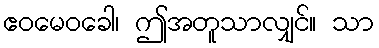
ဧဝမေဝခေါ၊ ဤအတူသာလျှင်။ သာ